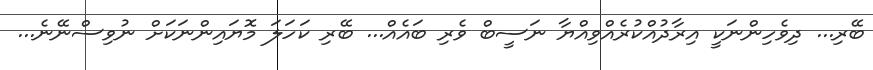
ބޭރި... ދިވެހިންނަކީ އިރާދުއްކުރެއްވިއްޔާ ނަސީބް ވެރި ބައެއް... ބޭރި ކަހަލަ މޮޔައިންނަކަށް ނުވިސްނޭނެ...